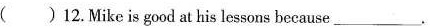
( )12.Mike is good at his lessons because ___.